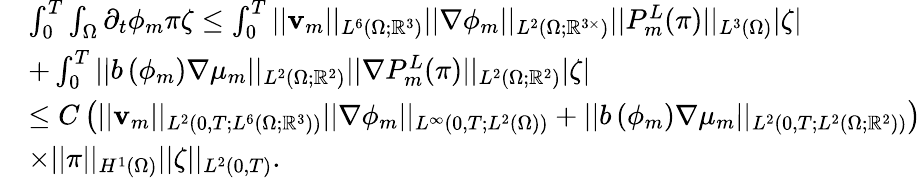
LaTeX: \begin{array}{rl}&{\int_{0}^{T}\int_{\Omega}\partial_{t}\phi_{m}\pi\zeta\leq\int_{0}^{T}||\mathbf{v}_{m}||_{L^{6}(\Omega;\mathbb{R}^{3})}||\nabla\phi_{m}||_{L^{2}(\Omega;\mathbb{R}^{3\times})}||P_{m}^{L}(\pi)||_{L^{3}(\Omega)}|\zeta|}\\ &{+\int_{0}^{T}||b\left(\phi_{m}\right)\nabla\mu_{m}||_{L^{2}(\Omega;\mathbb{R}^{2})}||\nabla P_{m}^{L}(\pi)||_{L^{2}(\Omega;\mathbb{R}^{2})}|\zeta|}\\ &{\leq C\left(||\mathbf{v}_{m}||_{L^{2}(0,T;L^{6}(\Omega;\mathbb{R}^{3}))}||\nabla\phi_{m}||_{L^{\infty}(0,T;L^{2}(\Omega))}+||b\left(\phi_{m}\right)\nabla\mu_{m}||_{L^{2}(0,T;L^{2}(\Omega;\mathbb{R}^{2}))}\right)}\\ &{\times||\pi||_{H^{1}(\Omega)}||\zeta||_{L^{2}(0,T)}.}\end{array}